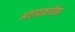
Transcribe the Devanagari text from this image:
अष्टावक्रगीता